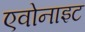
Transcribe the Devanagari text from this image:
एवोनाइट